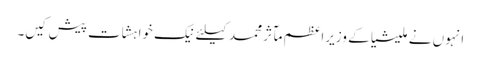
انہوں نے ملیشیا کے وزیراعظم مآثر محمد کیلئے نیک خواہشات پیش کیں۔